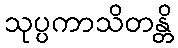
သုပ္ပကာသိတန္တိ